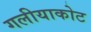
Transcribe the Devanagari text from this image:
गलीयाकोट